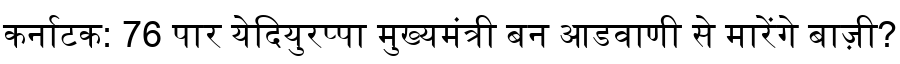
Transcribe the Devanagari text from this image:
कर्नाटक: 76 पार येदियुरप्पा मुख्यमंत्री बन आडवाणी से मारेंगे बाज़ी?